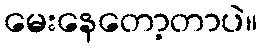
မေးနေတော့တာပဲ။